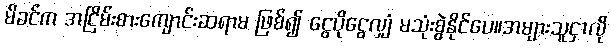
မိခင်က အငြိမ်းစားကျောင်းဆရာမ ဖြစ်၍ ငွေပိုငွေလျှံ မသုံးစွဲနိုင်ပေ။အများသူငှာလို